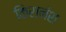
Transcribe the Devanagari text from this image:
किरानंश